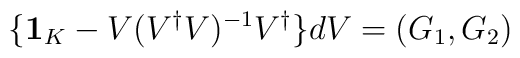
\{{\bf 1}_{K}-V(V^{\dagger}V)^{-1}V^{\dagger}\}dV=(G_1, G_2)